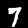
Label: 7